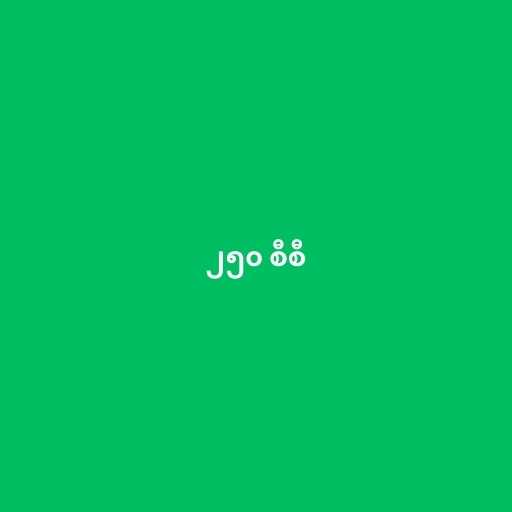
၂၅၀ စီစီ